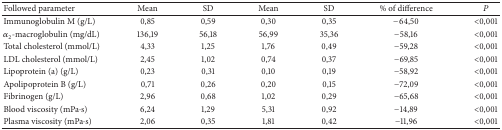
<table><thead><tr><td><b>Followed parameter</b></td><td><b>Mean</b></td><td><b>SD</b></td><td><b>Mean</b></td><td><b>SD</b></td><td><b>% of difference</b></td><td><b>P</b></td></tr></thead><tbody><tr><td>Immunoglobulin M (g/L)</td><td>0,85</td><td>0,59</td><td>0,30</td><td>0,35</td><td>−64,50</td><td>&lt;0,001</td></tr><tr><td><i>α</i><sub>2</sub>-macroglobulin (mg/dL)</td><td>136,19</td><td>56,18</td><td>56,99</td><td>35,36</td><td>−58,16</td><td>&lt;0,001</td></tr><tr><td>Total cholesterol (mmol/L)</td><td>4,33</td><td>1,25</td><td>1,76</td><td>0,49</td><td>−59,28</td><td>&lt;0,001</td></tr><tr><td>LDL cholesterol (mmol/L)</td><td>2,45</td><td>1,02</td><td>0,74</td><td>0,37</td><td>−69,85</td><td>&lt;0,001</td></tr><tr><td>Lipoprotein (a) (g/L)</td><td>0,23</td><td>0,31</td><td>0,10</td><td>0,19</td><td>−58,92</td><td>&lt;0,001</td></tr><tr><td>Apolipoprotein B (g/L)</td><td>0,71</td><td>0,26</td><td>0,20</td><td>0,15</td><td>−72,09</td><td>&lt;0,001</td></tr><tr><td>Fibrinogen (g/L)</td><td>2,96</td><td>0,68</td><td>1,02</td><td>0,29</td><td>−65,68</td><td>&lt;0,001</td></tr><tr><td>Blood viscosity (mPa·s)</td><td>6,24</td><td>1,29</td><td>5,31</td><td>0,92</td><td>−14,89</td><td>&lt;0,001</td></tr><tr><td>Plasma viscosity (mPa·s)</td><td>2,06</td><td>0,35</td><td>1,81</td><td>0,42</td><td>−11,96</td><td>&lt;0,001</td></tr></tbody></table>